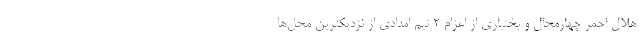
هلال احمر چهارمحال و بختیاری از اعزام ۲ تیم امدادی از نزدیکترین محل‌ها